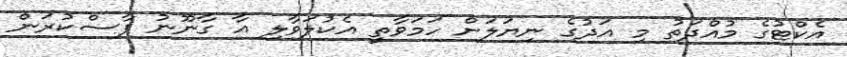
އެކްޓުގެ މުއްދަތު މި އަދުގެ ނިޔަލަށް ހަމަވާތީ އެކުލަވާލި އާ ގާނޫނު ފާސްކުރަން